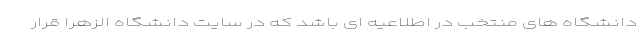
دانشگاه های منتخب در اطلاعیه ای باشد که در سایت دانشگاه الزهرا قرار